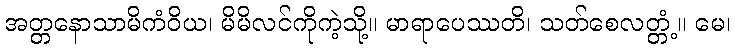
အတ္တနောသာမိကံဝိယ၊ မိမိလင်ကိုကဲ့သို့။ မာရာပေဿတိ၊ သတ်စေလတ္တံ့။ မေ၊